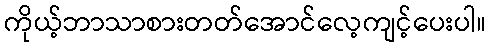
ကိုယ့်ဘာသာစားတတ်အောင်လေ့ကျင့်ပေးပါ။